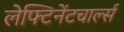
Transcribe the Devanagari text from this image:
लेफ्टिनेंटचार्ल्स